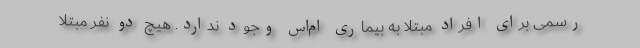
رسمی برای افراد مبتلا به بیماری ام‌اس وجود ندارد. هیچ دو نفر مبتلا